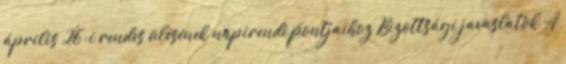
április 26-i rendes ülésének napirendi pontjaihoz Bizottsági javaslatok A